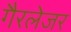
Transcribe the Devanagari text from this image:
गैरलेजर